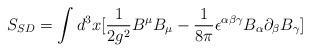
LaTeX: \begin{align*}S_{SD}=\int d^{3}x[\frac{1}{2g^2}B^\mu B_\mu-\frac{1}{8\pi}\epsilon ^{\alpha\beta\gamma}B_\alpha\partial _\beta B_\gamma ]\end{align*}